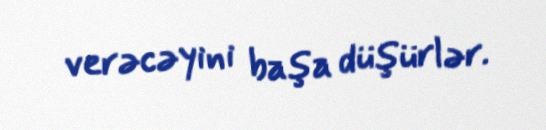
verəcəyini başa düşürlər.